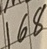
Text: 168